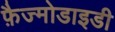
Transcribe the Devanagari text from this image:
फ़ैज्मोडाइडी